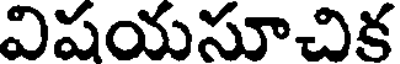
విషయసూచిక